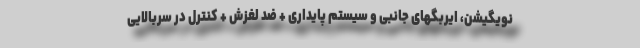
نویگیشن، ایربگهای جانبی و سیستم پایداری + ضد لغزش + کنترل در سربالایی